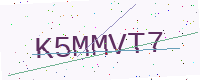
Text: K5MMVT7